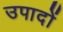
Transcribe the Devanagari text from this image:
उपादों